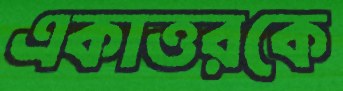
একাত্তরকে